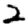
Digit: 2